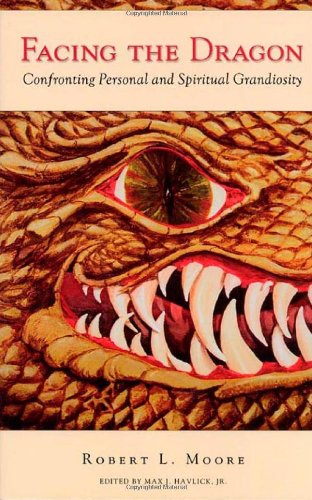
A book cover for Facing the Dragon: Confronting Personal and Spiritual Grandiosity; Robert L. Moore; Politics & Social Sciences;